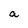
Character: a